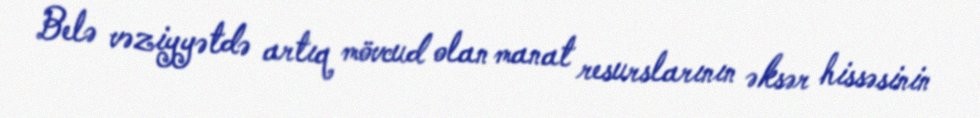
Belə vəziyyətdə artıq mövcud olan manat resurslarının əksər hissəsinin